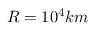
R = 1 0 ^ { 4 } k m